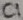
Text: C1